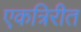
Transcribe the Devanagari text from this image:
एकत्रिरीत